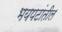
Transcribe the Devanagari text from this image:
भयपटांतील